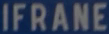
IFRANE